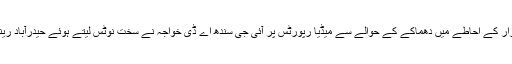
ترجمان سندھ پولیس کے مطابق لعل شہباز قلندر مزار کے احاطے میں دھماکے کے حوالے سے میڈیا رپورٹس پر آئی جی سندھ اے ڈی خواجہ نے سخت نوٹس لیتے ہوئے حیدرآباد رینج اور دادو ڈسٹرکٹ میں ایمرجینسی ڈیکلیئر کردی۔